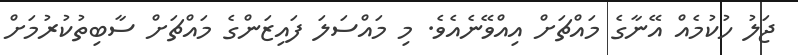
ޖަލު ހުކުމެއް އޭނާގެ މައްޗަށް އިއްވޭނެއެވެ. މި މައްސަލަ ފައިޒަންގެ މައްޗަށް ސާބިތުކުރުމަށް